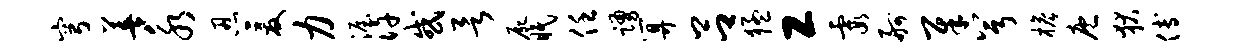
穹善永忍爰力渥许或欲尸眠任踊算吕猛工霞舸犀兮檐庖狄傅